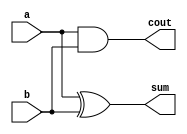
module ha_assign(a,b,sum,cout);
  input a,b;
  output sum,cout;
  assign sum=a^b;
  assign cout=a&b;
endmodule